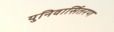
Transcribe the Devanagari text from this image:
युनिवार्सितरण